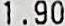
1.90